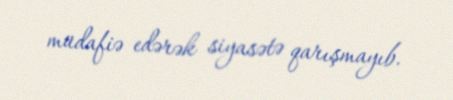
müdafiə edərək siyasətə qarışmayıb.